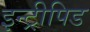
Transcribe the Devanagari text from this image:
इन्ट्रीपिड